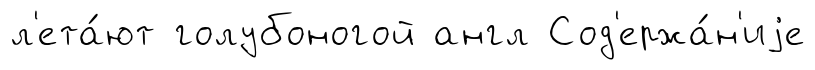
л'ета́ют голубоногой англ Сод'ержа́н'иjе